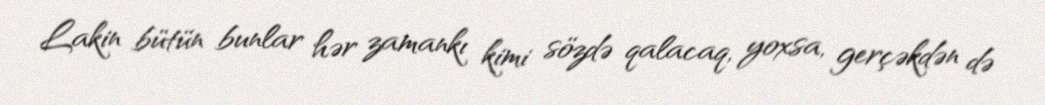
Lakin bütün bunlar hər zamankı kimi sözdə qalacaq, yoxsa, gerçəkdən də